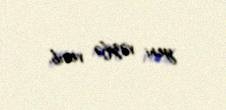
yeni vəzifə verib.